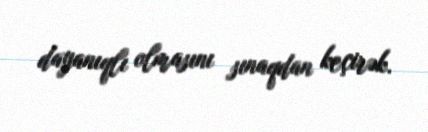
dayanıqlı olmasını sınaqdan keçirək.